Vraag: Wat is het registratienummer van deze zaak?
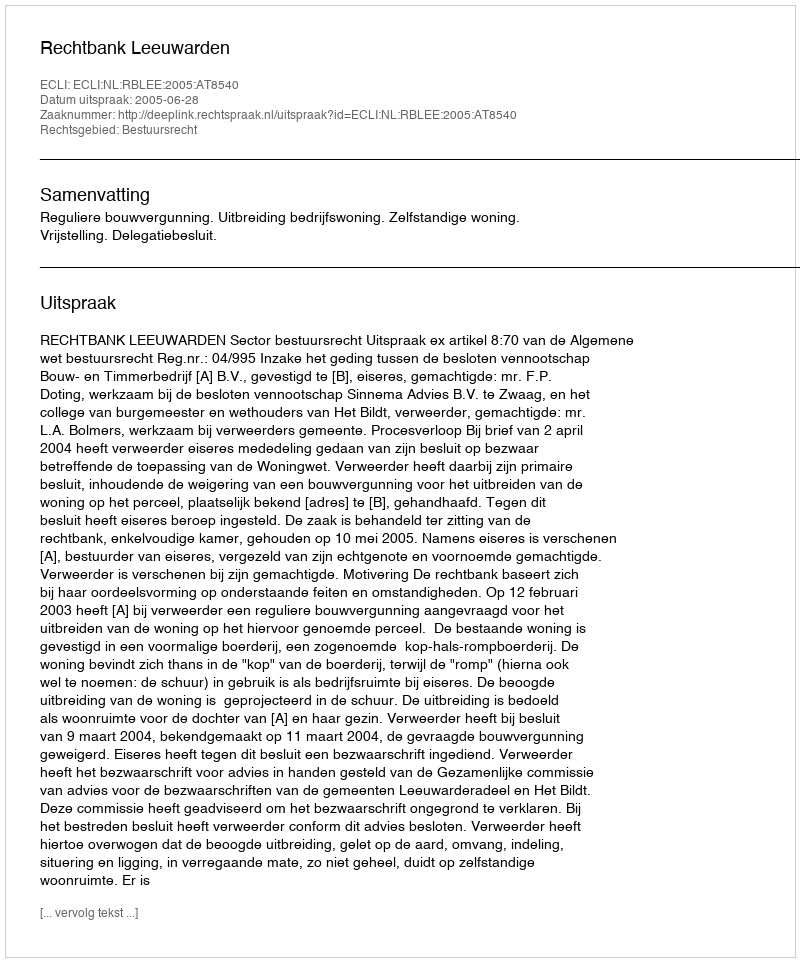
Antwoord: http://deeplink.rechtspraak.nl/uitspraak?id=ECLI:NL:RBLEE:2005:AT8540